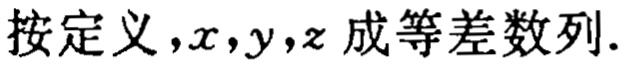
按定义，\(x,y,z\) 成等差数列.